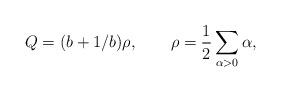
\begin{align*}Q=(b+1/b)\rho ,\qquad \rho =\frac 12\sum_{\alpha >0}\alpha , \end{align*}